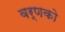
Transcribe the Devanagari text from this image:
वर्णको